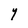
Character: Y